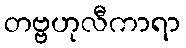
တဗ္ဗဟုလီကာရာ